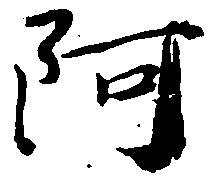
阿